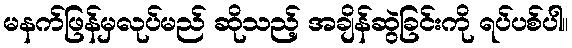
မနက်ဖြန်မှလုပ်မည် ဆိုသည့် အချိန်ဆွဲခြင်းကို ရပ်ပစ်ပါ။